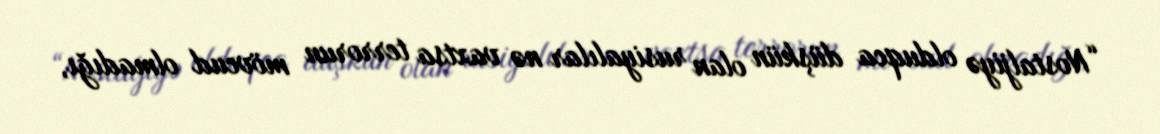
“Nostaljiyə olduqca düşkün olan rusiyalılar nə vaxtsa terrorun mövcud olmadığı,